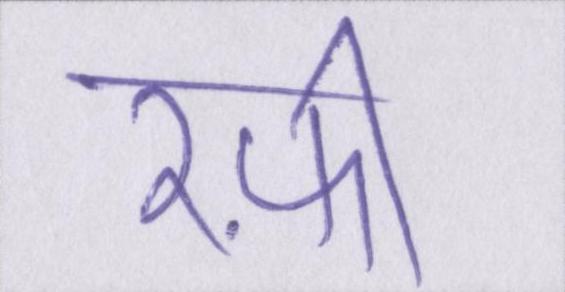
रफ़ी